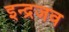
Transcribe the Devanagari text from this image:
इन्द्रजव